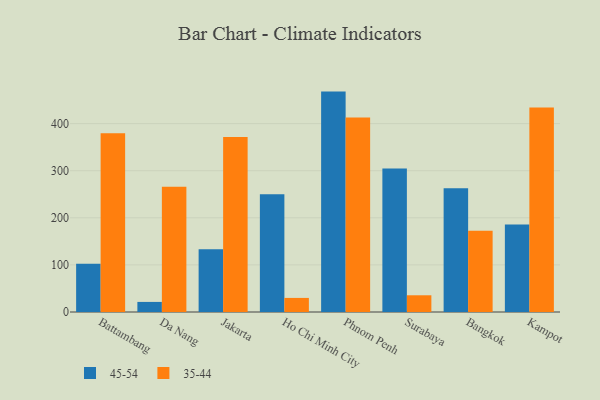
{"axis": {"x": "City", "y": "Waste Production (Tons)"}, "legend": ["35-44", "45-54"], "data": [{"x": "Battambang", "y": 102.5, "type": "45-54"}, {"x": "Battambang", "y": 379.5, "type": "35-44"}, {"x": "Da Nang", "y": 21.4, "type": "45-54"}, {"x": "Da Nang", "y": 266.2, "type": "35-44"}, {"x": "Jakarta", "y": 133.1, "type": "45-54"}, {"x": "Jakarta", "y": 371.7, "type": "35-44"}, {"x": "Ho Chi Minh City", "y": 250.1, "type": "45-54"}, {"x": "Ho Chi Minh City", "y": 29.9, "type": "35-44"}, {"x": "Phnom Penh", "y": 468.0, "type": "45-54"}, {"x": "Phnom Penh", "y": 413.1, "type": "35-44"}, {"x": "Surabaya", "y": 304.8, "type": "45-54"}, {"x": "Surabaya", "y": 35.5, "type": "35-44"}, {"x": "Bangkok", "y": 262.9, "type": "45-54"}, {"x": "Bangkok", "y": 172.6, "type": "35-44"}, {"x": "Kampot", "y": 185.7, "type": "45-54"}, {"x": "Kampot", "y": 434.5, "type": "35-44"}]}